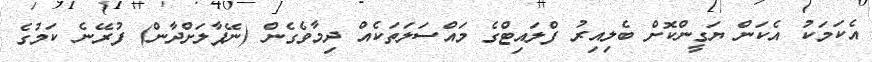
އެކަމަކު އެކަން ޔަގީންކޮށް ބެލިއިރު ފްލައިޓްގެ މައްސަލަތަކެއް ދިމާވެގެން (ނޭޕާލަށްދާން) ފުރޭނެ ކަމުގެ